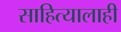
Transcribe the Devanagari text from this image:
साहित्यालाही